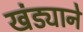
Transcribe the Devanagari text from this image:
खंड्याने